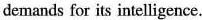
demands for its intelligence.